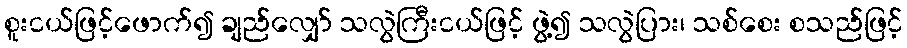
စူးငယ်ဖြင့်ဖောက်၍ ချည်လျှော် သလွဲကြီးငယ်ဖြင့် ဖွဲ့၍ သလွဲပြား၊ သစ်စေး စသည်ဖြင့်